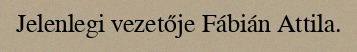
Jelenlegi vezetője Fábián Attila.